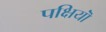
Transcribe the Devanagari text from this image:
पक्षियॊं